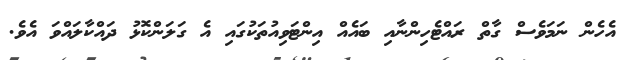
އެހެން ނަމަވެސް ގާތް ރައްޓެހިންނާއި ބައެއް އިންޓަވިއުތަކުގައި އެ ގަލަންކޮޅު ދައްކާލައްވަ އެވެ.